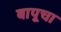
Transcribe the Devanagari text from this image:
बापूचा